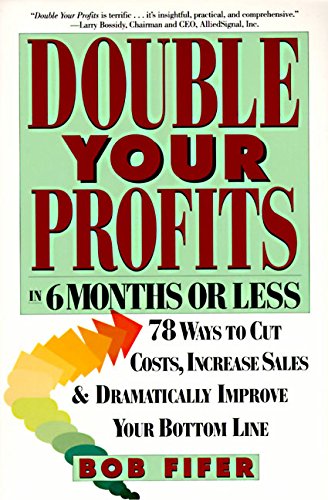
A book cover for Double Your Profits: In Six Months or Less; Bob Fifer; Business & Money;